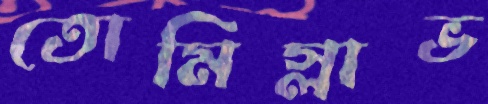
তোমিস্লাভ